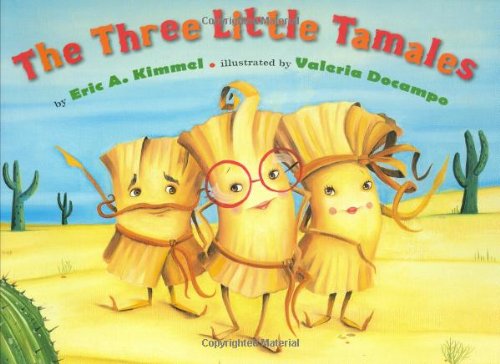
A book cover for The Three Little Tamales; Eric A. Kimmel; Children's Books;